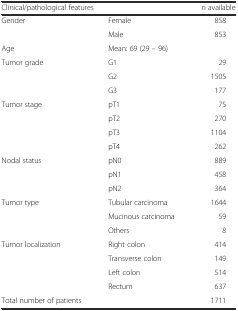
<table><thead><tr><td colspan="2"><b>Clinical/pathological features</b></td><td><b>n available</b></td></tr></thead><tbody><tr><td>Gender</td><td>Female</td><td>858</td></tr><tr><td></td><td>Male</td><td>853</td></tr><tr><td>Age</td><td>Mean: 69 (29 – 96)</td><td></td></tr><tr><td>Tumor grade</td><td>G1</td><td>29</td></tr><tr><td></td><td>G2</td><td>1505</td></tr><tr><td></td><td>G3</td><td>177</td></tr><tr><td>Tumor stage</td><td>pT1</td><td>75</td></tr><tr><td></td><td>pT2</td><td>270</td></tr><tr><td></td><td>pT3</td><td>1104</td></tr><tr><td></td><td>pT4</td><td>262</td></tr><tr><td>Nodal status</td><td>pN0</td><td>889</td></tr><tr><td></td><td>pN1</td><td>458</td></tr><tr><td></td><td>pN2</td><td>364</td></tr><tr><td>Tumor type</td><td>Tubular carcinoma</td><td>1644</td></tr><tr><td></td><td>Mucinous carcinoma</td><td>59</td></tr><tr><td></td><td>Others</td><td>8</td></tr><tr><td>Tumor localization</td><td>Right colon</td><td>414</td></tr><tr><td></td><td>Transverse colon</td><td>149</td></tr><tr><td></td><td>Left colon</td><td>514</td></tr><tr><td></td><td>Rectum</td><td>637</td></tr><tr><td>Total number of patients</td><td></td><td>1711</td></tr></tbody></table>